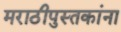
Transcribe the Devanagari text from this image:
मराठीपुस्तकांना